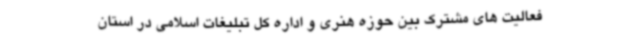
فعالیت های مشترک بین حوزه هنری و اداره کل تبلیغات اسلامی در استان